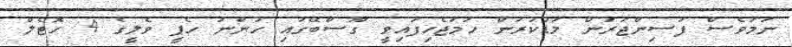
ނަމަވެސް ފަސިންޖަރުން މަޑުކުރަން ހަމަޖެހިފައިވީ ގޫސްބޭގައި ހުންނަ ހެޕީ ވެލީގެ 4 ހޮޓެލް